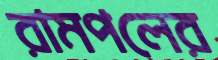
রামপলের